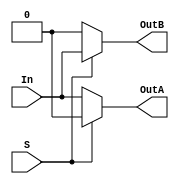
module demux1x2 (In, OutA ,OutB, S);
	input In, S;
	output reg OutA, OutB;
	
	always @(*) begin
		if (S) begin
			OutB = In;
			OutA = 0;
		end
		else begin
			OutA = In;
			OutB = 0;
		end
	end
endmodule